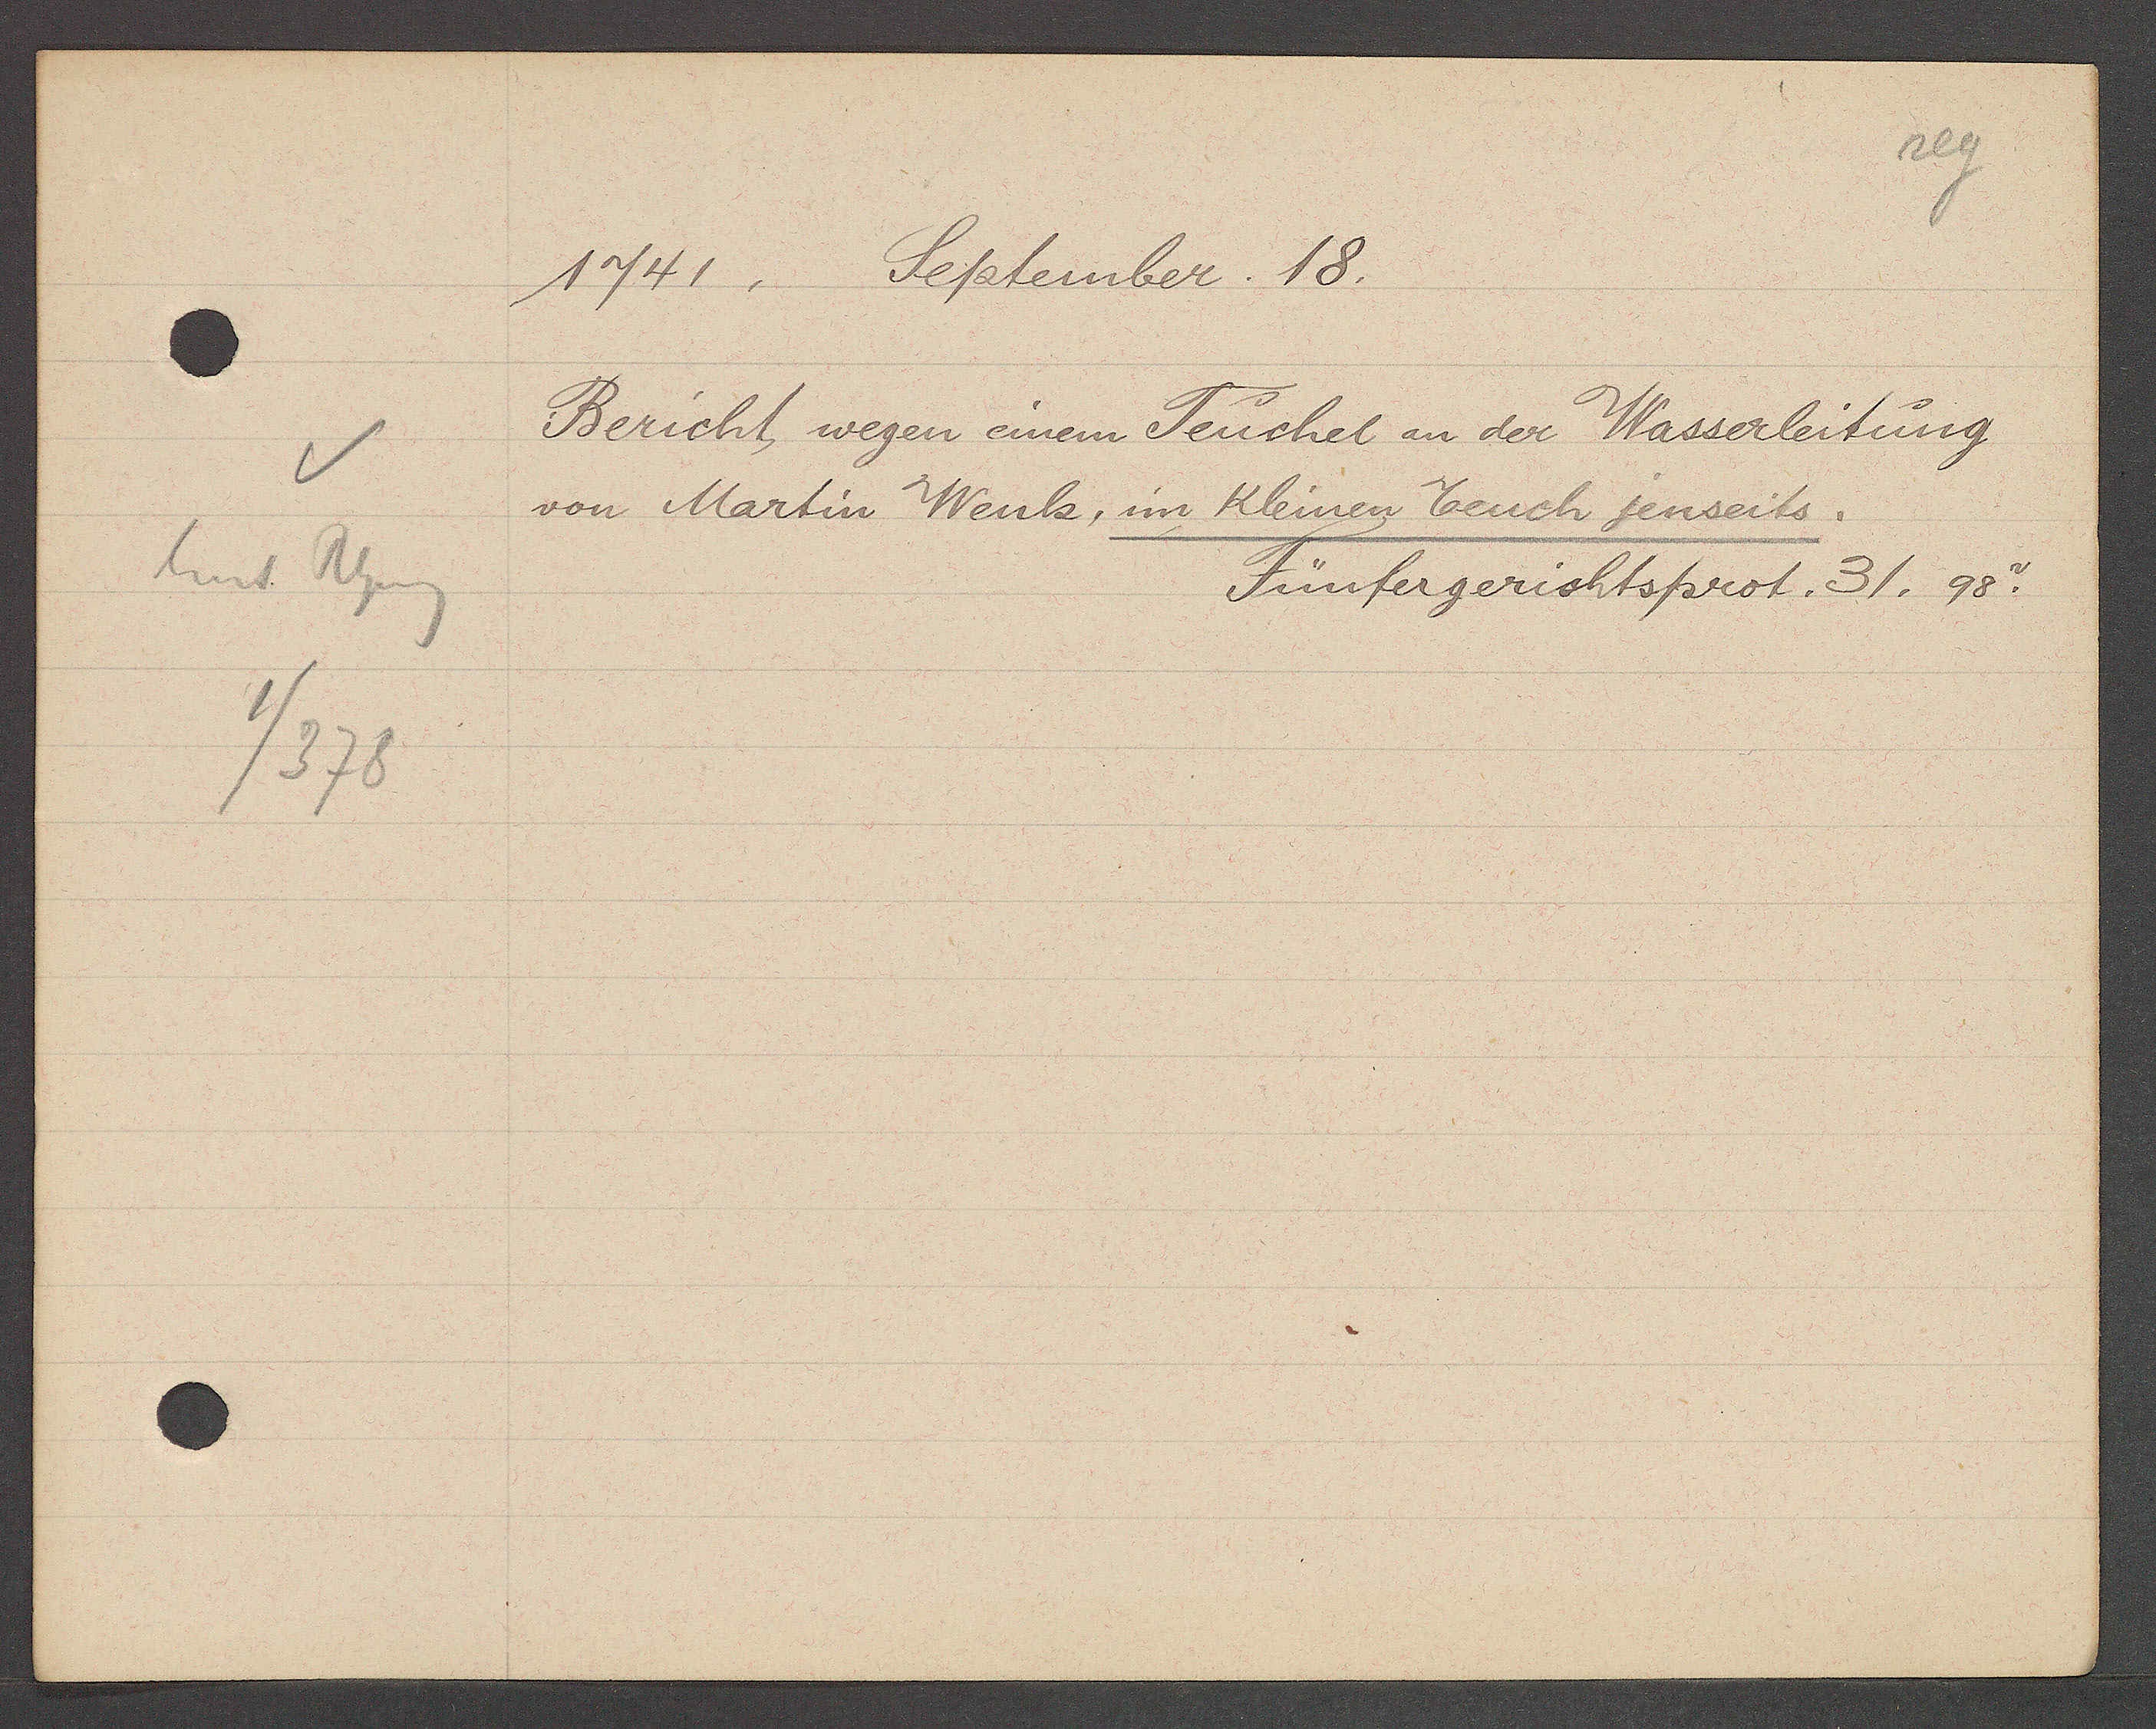
Transcript:
hint Rheing
1/378

1741, September. 18.

Bericht, wegen einem Teuchel an der Wasserleitung
von Martin Wenk, im Kleinen Teuch jenseits.
Fünfergerichtsprot. 31. 98.v